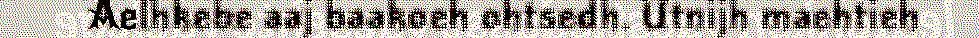
Aelhkebe aaj baakoeh ohtsedh. Utnijh maehtieh